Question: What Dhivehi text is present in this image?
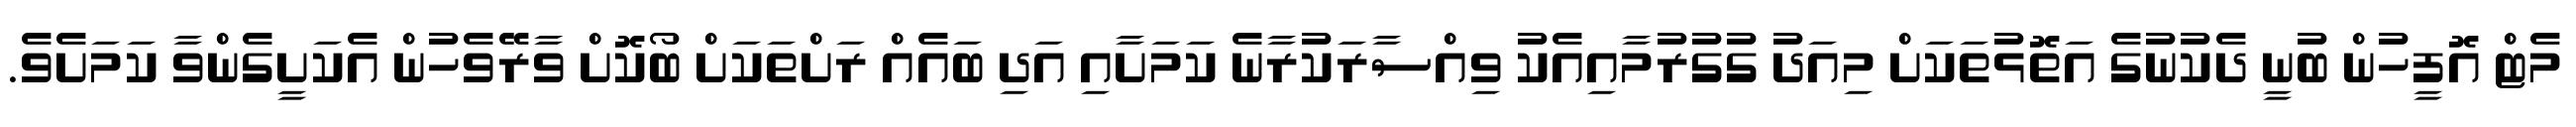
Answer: މެޓް އޮފީހުން ބުނީ ދެކުނުގެ އަތޮޅުތަކަށް މިއަދު ގުގުރުމާއިއެކު ވިއްސާރަކުރާނެ ކަމަށާއި އަދި ބައެއް ރަށްތަކަށް ބޯކޮށް ވާރޭވެހުން އެކަށީގެންވާ ކަމަށެވެ.